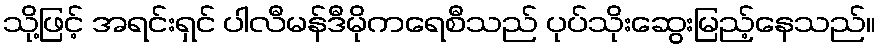
သို့ဖြင့် အရင်းရှင် ပါလီမန်ဒီမိုကရေစီသည် ပုပ်သိုးဆွေးမြည့်နေသည်။